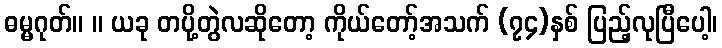
ဓမ္မဂုတ်။ ။ ယခု တပို့တွဲလဆိုတော့ ကိုယ်တော့်အသက် (၇၄)နှစ် ပြည့်လုပြီပေါ့၊